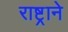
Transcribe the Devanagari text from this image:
राष्ट्रानेे